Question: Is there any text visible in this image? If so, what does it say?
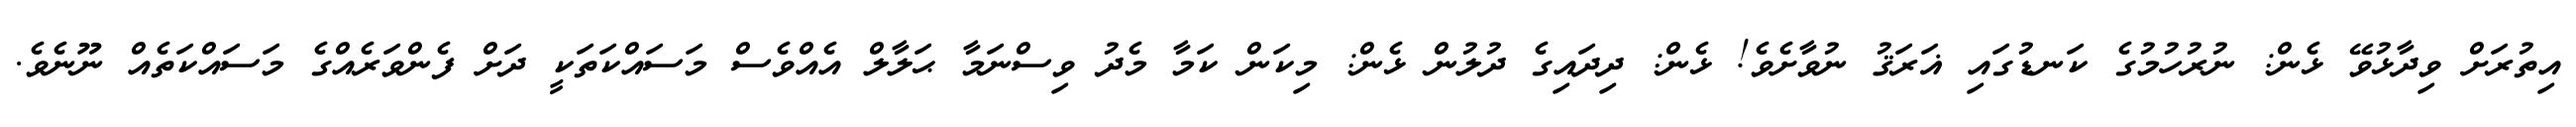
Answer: އިތުރަށް ވިދާޅުވޭ ޅެން: ނުރުހުމުގެ ކަނޑުގައި ޣަރަޤު ނުވާށެވެ! ޅެން: ދިދައިގެ ދުލުން ޅެން: މިކަން ކަމާ މެދު ވިސްނަމާ ޙަލާލް އެއްވެސް މަސައްކަތަކީ ދަށް ފެންވަރެއްގެ މަސައްކަތެއް ނޫނެވެ.